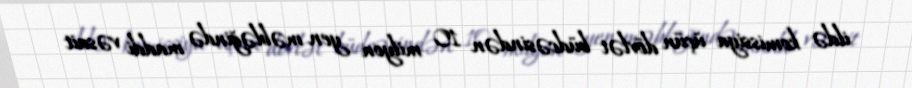
ildə komissiya üçün dövlət büdcəsindən 10 milyon yen məbləğində maddi vəsait